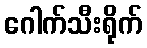
ဂေါက်သီးရိုက်